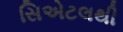
સિએટલથી